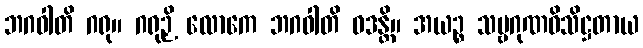
ဘဂဝါတိ ဂရု။ ဂရုဉှိ လောကေ ဘဂဝါတိ ဝဒန္တိ။ အယဉ္စ သဗ္ဗဂုဏဝိသိဋ္ဌတာယ